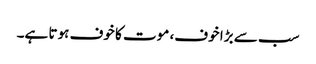
سب سے بڑا خوف، موت کا خوف ہوتا ہے۔